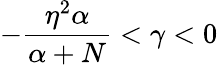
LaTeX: -\frac{\eta^{2}\alpha}{\alpha+N}<\gamma<0